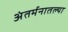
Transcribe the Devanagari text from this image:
अंतर्मनातल्या